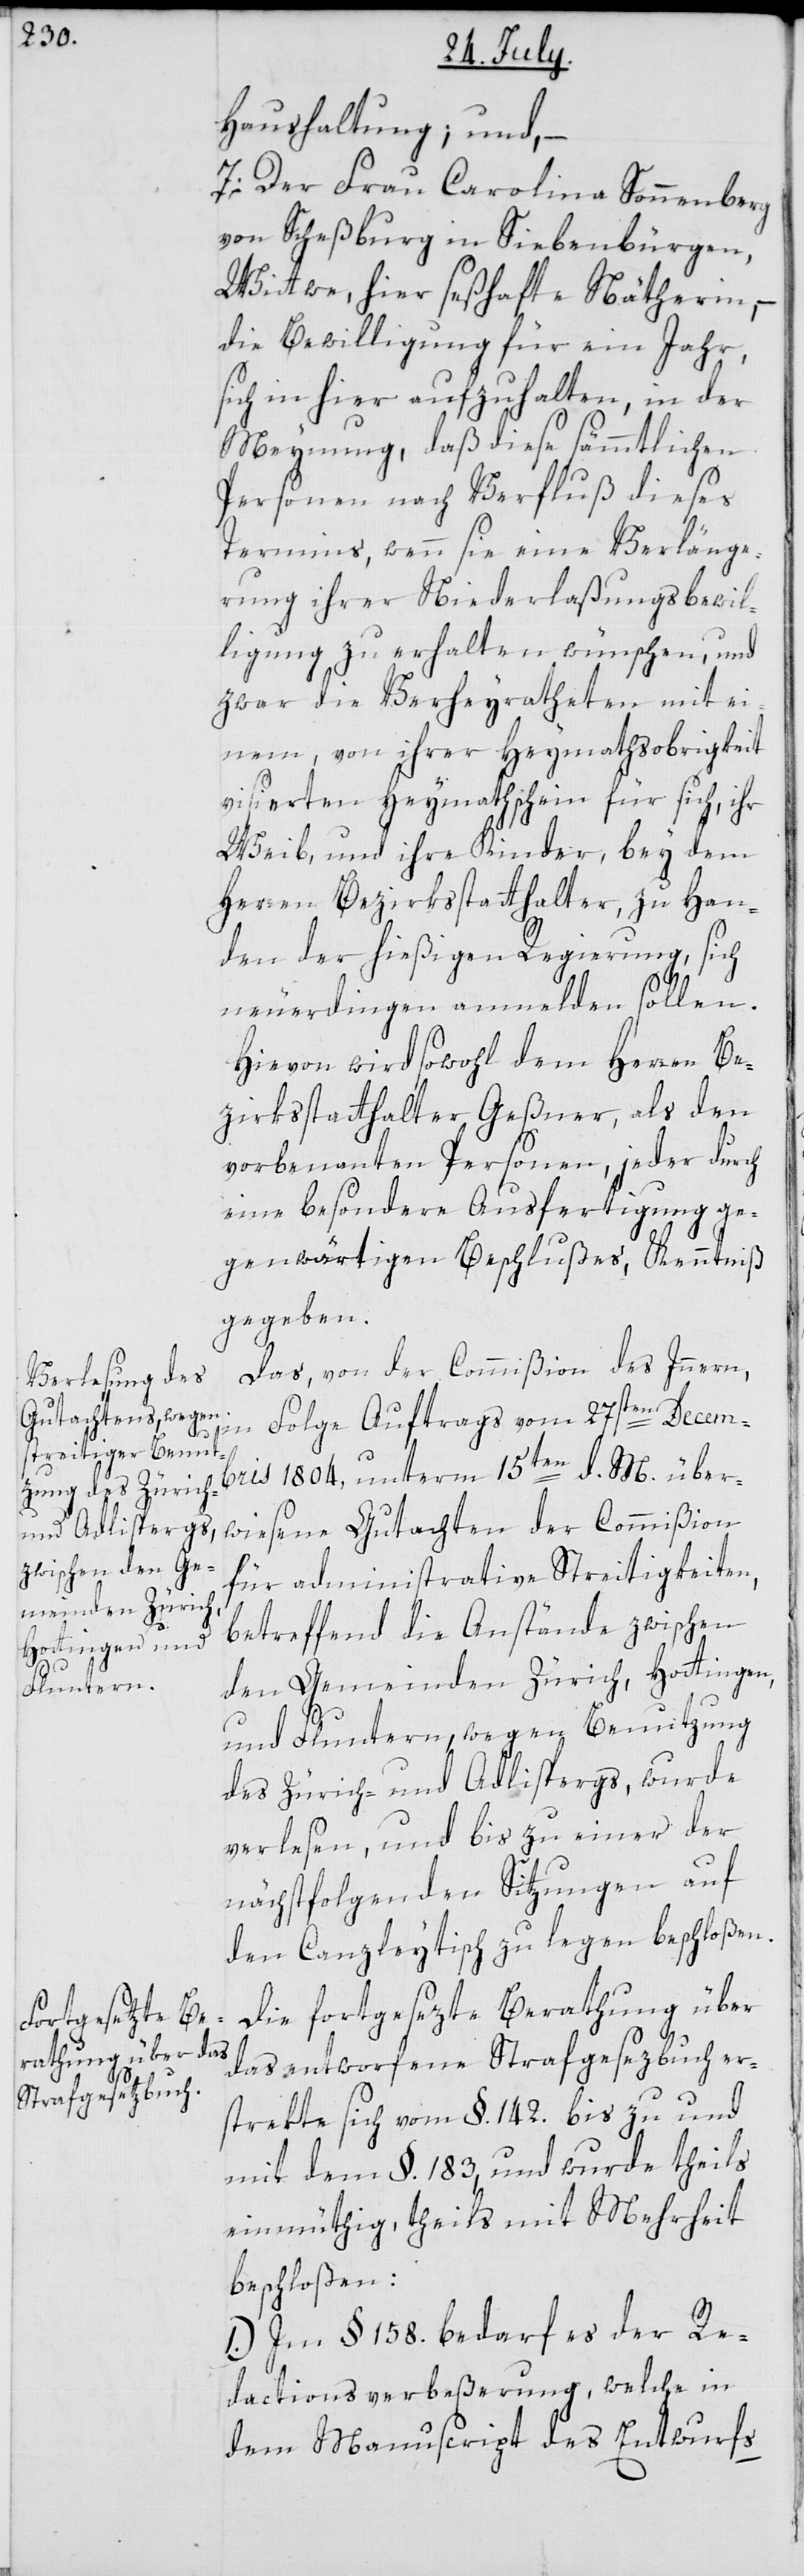
Haushaltung; und, –
7. Der Frau Carolina Sonnenberg
von Scheßburg in Siebenbürgen,
Wittwe, hier seßhafte Näherin,
die Bewilligung für ein Jahr,
sich in hier aufzuhalten, in der
Meynung, daß diese sämmtlichen
Personen nach Verfluß dieses
Termins, wenn sie eine Verlänge¬
rung ihrer Niederlaßungsbewil¬
ligung zu erhalten wünschen, und
zwar die Verheyratheten mit ei¬
nem, von ihrer Heymathsobrigkeit
visierten Heymathschein für sich, ihr
Weib, und ihre Kinder, bey dem
Herrn Bezirksstatthalter zu Han¬
den der hießigen Regierung, sich
neuerdingen anmelden sollen.
Hievon wird sowohl dem Herren Be¬
zirksstatthalter Geßner, als den
vorbenannten Personen, jeder durch
eine besondere Ausfertigung ge¬
genwärtigen Beschlußes, Kenntniß
gegeben.
Das, von der Commißion des Innern,
Folge Auftrags vom 27sten Decemb¬
ris 1804, unterm 15ten d. M über¬
wiesene Gutachten der Commißion
für administrative Streitigkeiten,
betreffend die Anstände zwischen
den Gemeinden Zürich, Hottingen,
und Fluntern, wegen Benutzung
des Zürich- und Adlispergs, wurde
verlesen, und bis zu einer der
nächstfolgenden Sitzungen auf
den Canzleytisch zu legen beschloßen.
Die fortgesezte Berathung über
das entworfene Strafgesezbuch er¬
strekte sich vom §. 142. bis zu und
mit dem §. 183, und wurde theils
einmüthig, theils mit Mehrheit
beschloßen:
1.) Im §. 158. bedarf es der Re¬
dactionsverbeßerung, welche in
dem Manuscript des Entwurfs